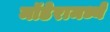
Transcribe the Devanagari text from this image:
मॉडेरामध्ये